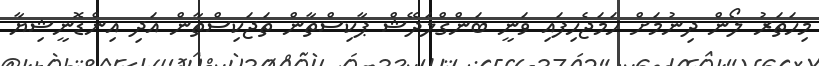
މިހަތަރު ލޯން ދިނުމަށް ހަމަޖެހިފައި ވަނީ ބަންގްލަދޭޝް ޕާކިސްތާން ތަޖަކިސްތާން އަދި އިންޑޮނީޝިޔާ